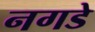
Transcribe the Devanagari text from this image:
नगडे